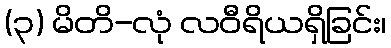
(၃) မိတိ-လုံ လဝီရိယရှိခြင်း၊